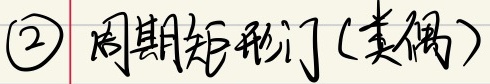
\textcircled{2} 周期矩形门(类偶)